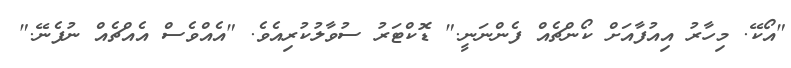
"އޯކޭ. މިހާރު އިއުފާއަށް ކޯންޗެއް ފެންނަނީ." ޑޮކްޓަރު ސުވާލުކުރިއެވެ. "އެއްވެސް އެއްޗެއް ނުފެނޭ."